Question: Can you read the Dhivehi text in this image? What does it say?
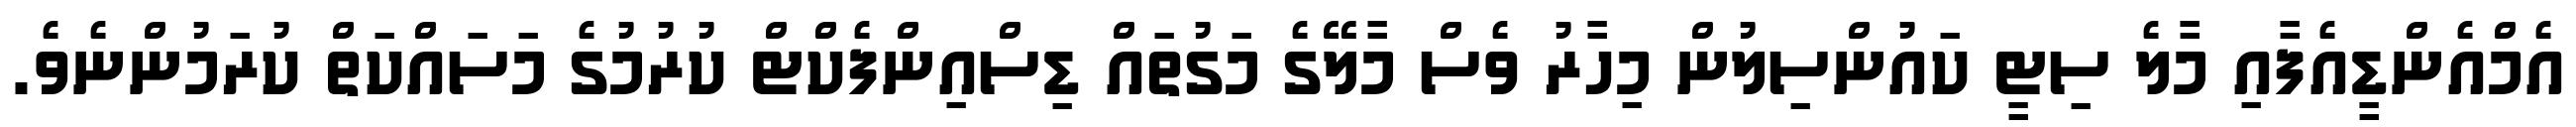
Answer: އެމްއެންޑީއެފާއި މާލެ ސިޓީ ކައުންސިލުން މިހާރު ވެސް މާލޭގެ މަގުތައް ޑިސްއިންފެކްޓް ކުރުމުގެ މަސައްކަތް ކުރަމުންނެވެ.